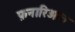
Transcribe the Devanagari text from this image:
फ़नारिओत